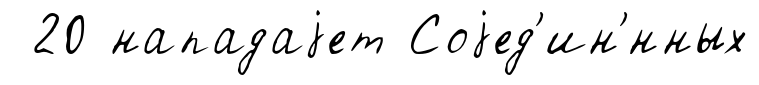
20 нападаjет Соjед'ин'́нных